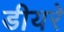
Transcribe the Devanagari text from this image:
डीयरे